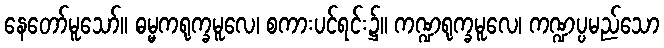
နေတော်မူသော်။ ဓမ္မကရုက္ခမူလေ၊ စကားပင်ရင်း၌။ ကဏ္ဍရုက္ခမူလေ၊ ကဏ္ဍပ္ပမည်သော